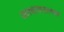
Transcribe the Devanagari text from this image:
आश्वासनात्मक